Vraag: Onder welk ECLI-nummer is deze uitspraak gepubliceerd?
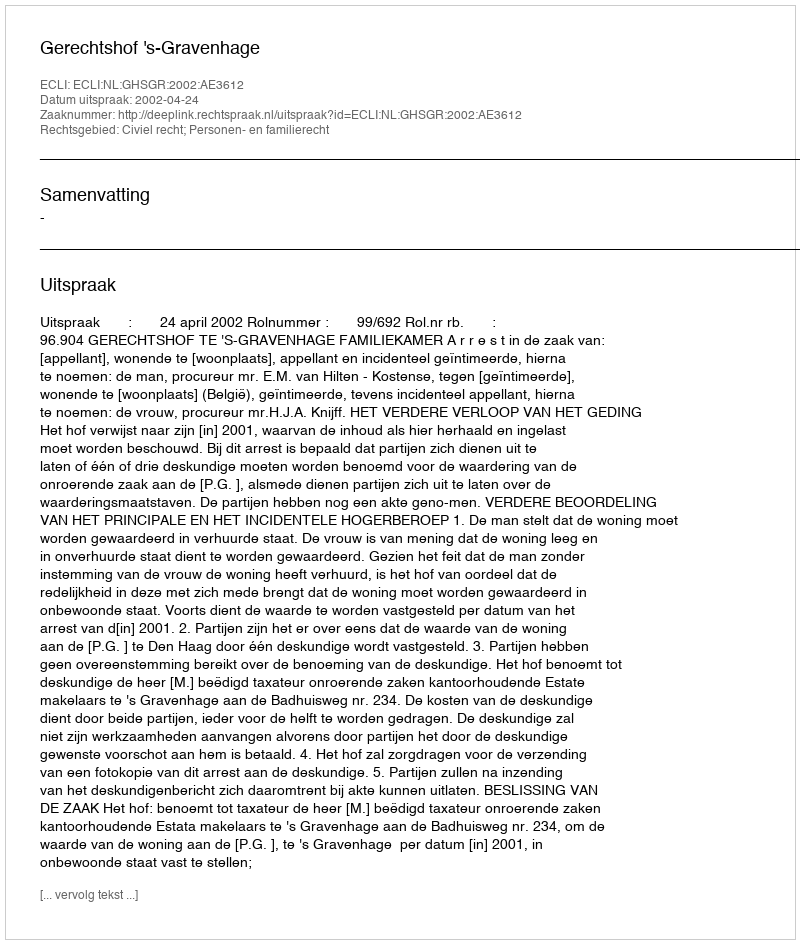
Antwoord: ECLI:NL:GHSGR:2002:AE3612